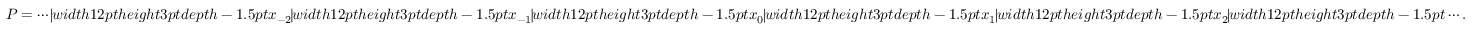
P = \cdots \mathord { \vrule w i d t h 1 2 p t h e i g h t 3 p t d e p t h - 1 . 5 p t } x _ { - 2 } \mathord { \vrule w i d t h 1 2 p t h e i g h t 3 p t d e p t h - 1 . 5 p t } x _ { - 1 } \mathord { \vrule w i d t h 1 2 p t h e i g h t 3 p t d e p t h - 1 . 5 p t } x _ { 0 } \mathord { \vrule w i d t h 1 2 p t h e i g h t 3 p t d e p t h - 1 . 5 p t } x _ { 1 } \mathord { \vrule w i d t h 1 2 p t h e i g h t 3 p t d e p t h - 1 . 5 p t } x _ { 2 } \mathord { \vrule w i d t h 1 2 p t h e i g h t 3 p t d e p t h - 1 . 5 p t } \cdots .